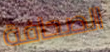
الصحافة